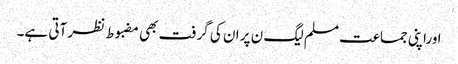
ا وراپنی جماعت مسلم لیگ ن پر ان کی گرفت بھی مضبوط نظر آتی ہے۔